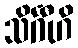
သိင်္ဂီဟိ